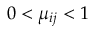
0 < \mu _ { i j } < 1